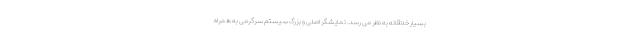
بسیار خلاقانه به نظر می رسد. نمایشگر اصلی و بزرگ سیستم سرگرمی به همراه